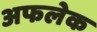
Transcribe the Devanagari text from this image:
अफलेक